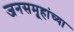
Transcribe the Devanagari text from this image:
जनसमूहांच्या